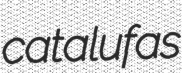
catalufas